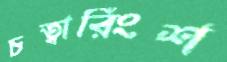
চত্বারিংশ